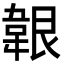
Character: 𩎤